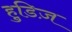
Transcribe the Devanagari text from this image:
हुडिज़